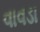
વાવડા